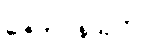
ဇေတဝနသုတ်